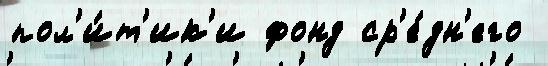
пол'и́т'ик'и фонд ср'е́дн'его